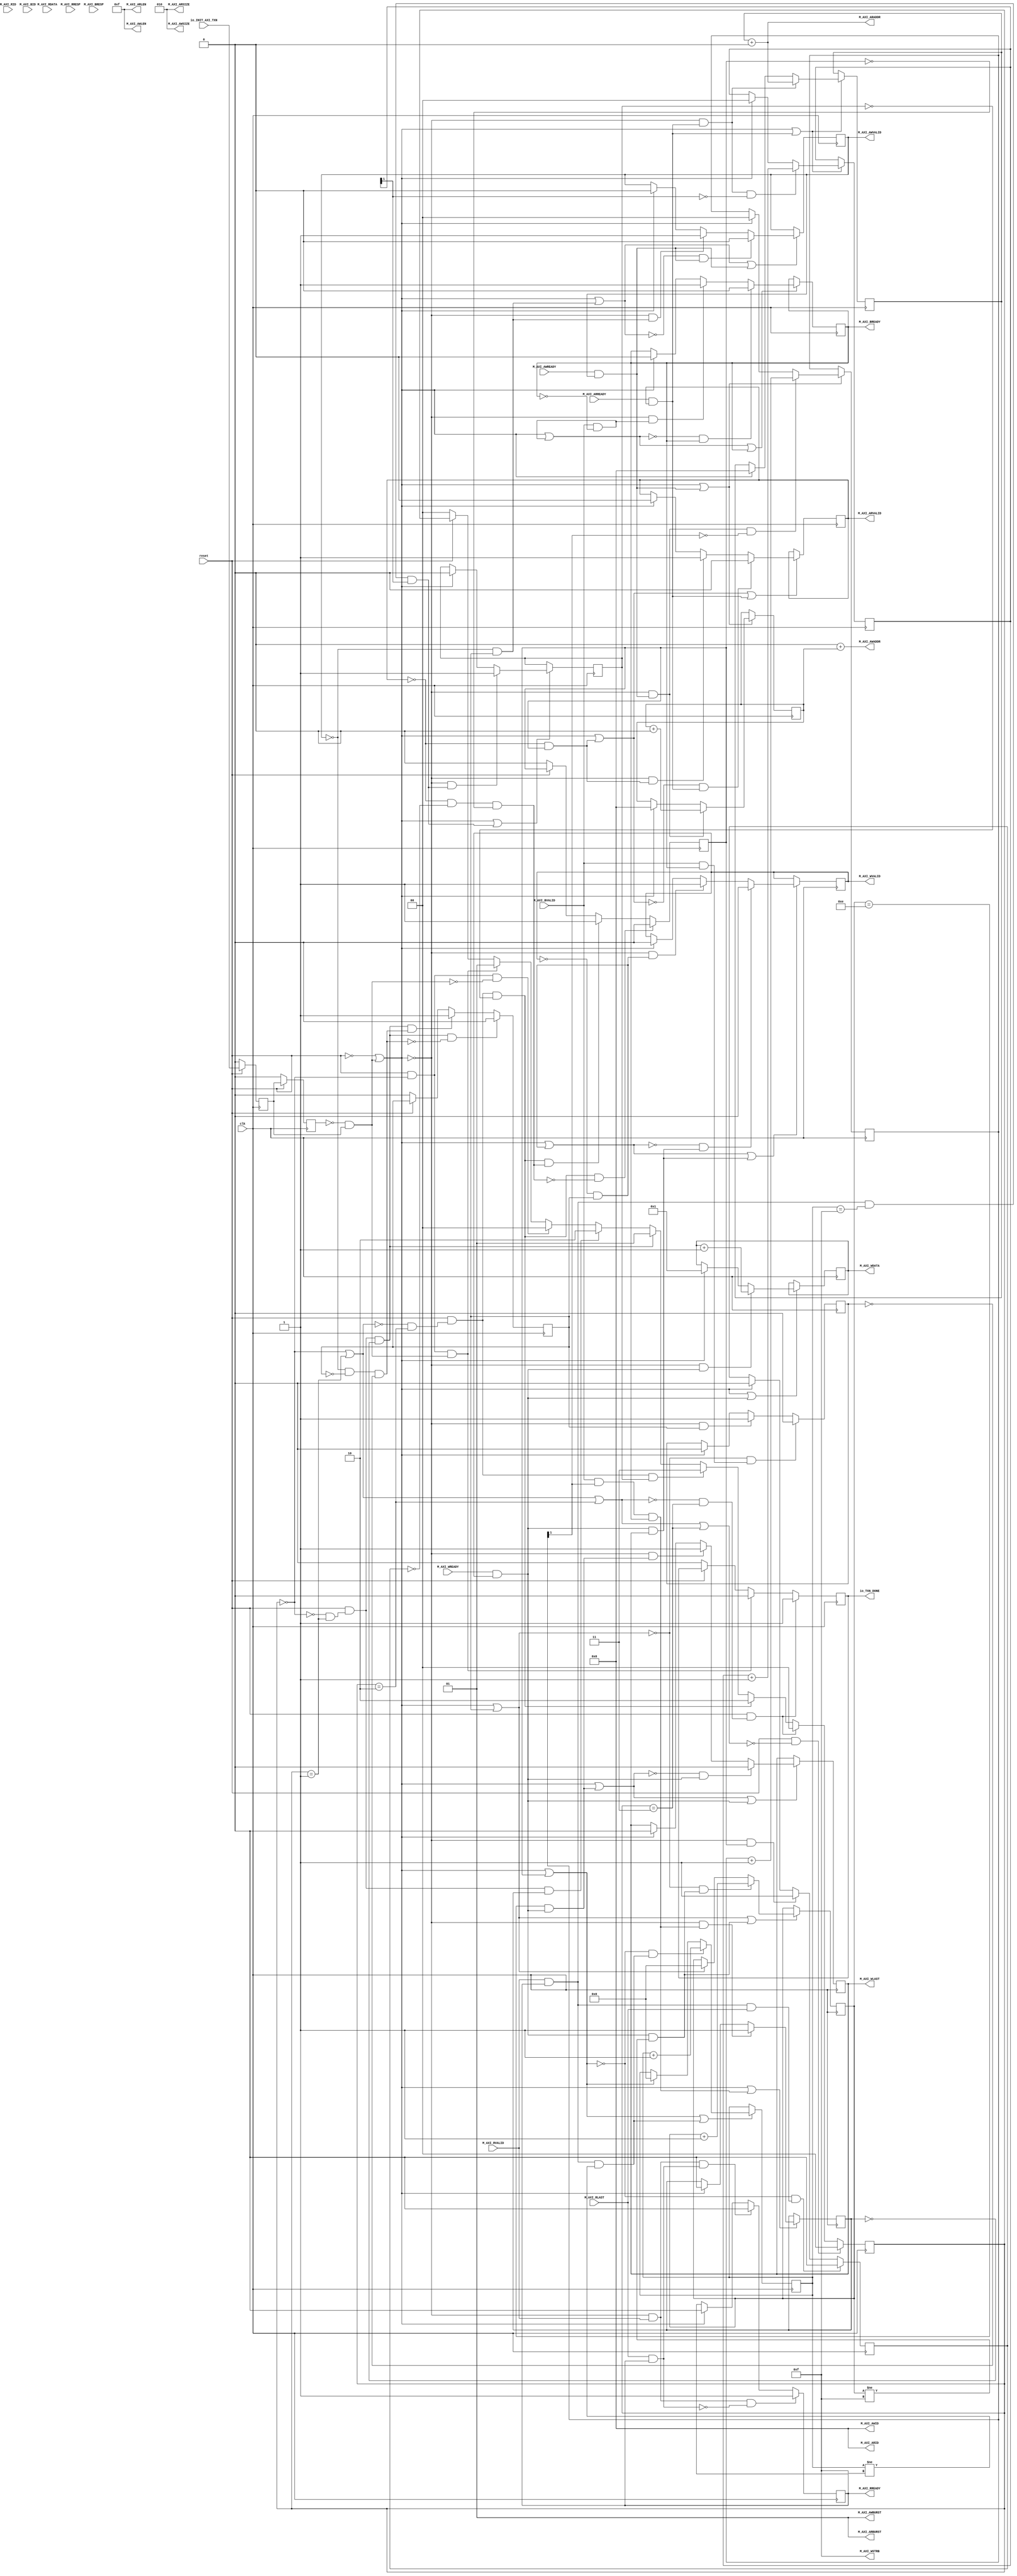
module testMaster(input clk, input reset,
    output M_AXI_RREADY,
    input  M_AXI_RVALID,
    input [5:0] M_AXI_RID,
    input [31:0] M_AXI_RDATA,
    input [1:0] M_AXI_RRESP,
    input  M_AXI_RLAST,
    input  M_AXI_ARREADY,
    output M_AXI_ARVALID,
    output[5:0] M_AXI_ARID,
    output[5:0] M_AXI_ARADDR,
    output[7:0] M_AXI_ARLEN,
    output[2:0] M_AXI_ARSIZE,
    output[1:0] M_AXI_ARBURST,
    input  M_AXI_WREADY,
    output M_AXI_WVALID,
    output[31:0] M_AXI_WDATA,
    output[3:0] M_AXI_WSTRB,
    output M_AXI_WLAST,
    input  M_AXI_AWREADY,
    output M_AXI_AWVALID,
    output[5:0] M_AXI_AWID,
    output[5:0] M_AXI_AWADDR,
    output[7:0] M_AXI_AWLEN,
    output[2:0] M_AXI_AWSIZE,
    output[1:0] M_AXI_AWBURST,
    output M_AXI_BREADY,
    input  M_AXI_BVALID,
    input [5:0] M_AXI_BID,
    input [1:0] M_AXI_BRESP,
    input  io_INIT_AXI_TXN,
    output io_TXN_DONE
);

  reg  compare_done;
  wire T0;
  wire T1;
  wire T2;
  wire T3;
  wire T4;
  wire T5;
  wire init_txn_pulse;
  wire T6;
  reg  init_txn_ff;
  wire T7;
  wire T8;
  wire T9;
  wire T10;
  wire T11;
  reg  init_txn_ff2;
  wire T12;
  wire T13;
  wire T14;
  wire T15;
  reg [1:0] mst_exec_state;
  wire[1:0] T16;
  wire[1:0] T17;
  wire[1:0] T18;
  wire[1:0] T19;
  wire[1:0] T20;
  wire[1:0] T21;
  wire[1:0] T22;
  wire[1:0] T23;
  wire[1:0] T24;
  wire T25;
  wire T26;
  wire T27;
  reg  writes_done;
  wire T28;
  wire T29;
  wire T30;
  wire T31;
  wire T32;
  wire T33;
  wire T34;
  reg  axi_bready;
  wire T35;
  wire T36;
  wire T37;
  wire T38;
  wire T39;
  wire T40;
  wire T41;
  wire T42;
  wire T43;
  wire T44;
  wire T45;
  wire T46;
  wire T47;
  wire T48;
  wire T49;
  wire T50;
  wire T51;
  wire T52;
  reg [1:0] write_burst_counter;
  wire[1:0] T53;
  wire[1:0] T54;
  wire[1:0] T55;
  wire T56;
  wire T57;
  wire T58;
  wire[1:0] T59;
  wire T60;
  wire T61;
  wire T62;
  wire T63;
  wire T64;
  reg  axi_awvalid;
  wire T65;
  wire T66;
  wire T67;
  wire T68;
  wire T69;
  wire T70;
  wire T71;
  wire T72;
  wire T73;
  reg  start_single_burst_write;
  wire T74;
  wire T75;
  wire T76;
  wire T77;
  wire T78;
  wire T79;
  reg  burst_write_active;
  wire T80;
  wire T81;
  wire T82;
  wire T83;
  wire T84;
  wire T85;
  wire T86;
  wire T87;
  wire T88;
  wire T89;
  wire T90;
  wire T91;
  wire T92;
  wire T93;
  wire T94;
  wire T95;
  wire T96;
  wire T97;
  wire T98;
  wire T99;
  wire T100;
  wire T101;
  wire T102;
  wire T103;
  wire T104;
  wire T105;
  wire T106;
  wire T107;
  wire T108;
  wire T109;
  wire T110;
  wire T111;
  wire T112;
  wire T113;
  wire T114;
  wire T115;
  wire T116;
  wire T117;
  reg  reads_done;
  wire T118;
  wire T119;
  wire T120;
  wire T121;
  wire T122;
  wire T123;
  wire T124;
  wire T125;
  wire T126;
  reg [1:0] read_burst_counter;
  wire[1:0] T127;
  wire[1:0] T128;
  wire[1:0] T129;
  wire T130;
  wire T131;
  wire T132;
  wire[1:0] T133;
  wire T134;
  wire T135;
  wire T136;
  wire T137;
  wire T138;
  reg  axi_arvalid;
  wire T139;
  wire T140;
  wire T141;
  wire T142;
  wire T143;
  wire T144;
  wire T145;
  wire T146;
  wire T147;
  reg  start_single_burst_read;
  wire T148;
  wire T149;
  wire T150;
  wire T151;
  wire T152;
  wire T153;
  wire T154;
  wire T155;
  reg  burst_read_active;
  wire T156;
  wire T157;
  wire T158;
  wire T159;
  wire T160;
  wire T161;
  wire T162;
  wire T163;
  wire T164;
  wire T165;
  wire T166;
  reg  axi_rready;
  wire T167;
  wire T168;
  wire T169;
  wire T170;
  wire T171;
  wire T172;
  wire T173;
  wire T174;
  wire T175;
  wire T176;
  wire T177;
  wire T178;
  wire T179;
  wire T180;
  wire T181;
  wire T182;
  wire T183;
  wire T184;
  wire T185;
  wire T186;
  wire T187;
  wire T188;
  wire T189;
  wire T190;
  wire T191;
  wire T192;
  wire T193;
  wire T194;
  wire T195;
  wire T196;
  reg [4:0] read_index;
  wire[4:0] T197;
  wire[4:0] T198;
  wire[4:0] T199;
  wire T200;
  wire T201;
  wire T202;
  wire T203;
  wire[4:0] T204;
  wire T205;
  wire T206;
  wire T207;
  wire rnext;
  wire T208;
  wire T209;
  wire T210;
  wire T211;
  wire T212;
  wire T213;
  wire T214;
  wire T215;
  wire T216;
  wire T217;
  wire T218;
  wire T219;
  wire T220;
  wire T221;
  wire T222;
  wire T223;
  wire T224;
  wire T225;
  wire T226;
  wire T227;
  wire T228;
  wire T229;
  wire T230;
  wire T231;
  wire[5:0] T318;
  wire[30:0] T232;
  wire[30:0] T319;
  reg [5:0] axi_awaddr;
  wire[5:0] T320;
  wire[6:0] T233;
  wire[6:0] T234;
  wire[6:0] T321;
  wire[5:0] T235;
  wire T236;
  wire T237;
  wire T238;
  wire[6:0] T239;
  wire[6:0] burst_size_bytes;
  wire[6:0] T322;
  wire T240;
  wire T241;
  wire T242;
  wire[6:0] T323;
  wire T243;
  wire T244;
  reg  axi_wlast;
  wire T245;
  wire T246;
  wire T247;
  wire T248;
  wire T249;
  wire T250;
  wire T251;
  wire T252;
  wire T253;
  wire wnext;
  wire T254;
  reg  axi_wvalid;
  wire T255;
  wire T256;
  wire T257;
  wire T258;
  wire T259;
  wire T260;
  wire T261;
  wire T262;
  wire T263;
  wire T264;
  wire T265;
  wire T266;
  wire T267;
  wire T268;
  wire T269;
  wire T270;
  wire T271;
  wire T272;
  reg [4:0] write_index;
  wire[4:0] T273;
  wire[4:0] T274;
  wire[4:0] T275;
  wire T276;
  wire T277;
  wire T278;
  wire T279;
  wire T280;
  wire[4:0] T281;
  wire T282;
  wire T283;
  wire T284;
  wire T285;
  wire T286;
  wire T287;
  wire T288;
  wire T289;
  wire T290;
  wire T291;
  wire T292;
  wire T293;
  reg [31:0] axi_wdata;
  wire[31:0] T294;
  wire[31:0] T295;
  wire[31:0] T296;
  wire T297;
  wire T298;
  wire T299;
  wire[31:0] T300;
  wire T301;
  wire T302;
  wire T303;
  wire T304;
  wire[5:0] T324;
  wire[30:0] T305;
  wire[30:0] T325;
  reg [5:0] axi_araddr;
  wire[5:0] T326;
  wire[6:0] T306;
  wire[6:0] T307;
  wire[6:0] T327;
  wire[5:0] T308;
  wire T309;
  wire T310;
  wire T311;
  wire[6:0] T312;
  wire[6:0] T328;
  wire T313;
  wire T314;
  wire T315;
  wire[6:0] T329;
  wire T316;
  wire T317;

`ifndef SYNTHESIS
// synthesis translate_off
  integer initvar;
  initial begin
    #0.002;
    compare_done = {1{$random}};
    init_txn_ff = {1{$random}};
    init_txn_ff2 = {1{$random}};
    mst_exec_state = {1{$random}};
    writes_done = {1{$random}};
    axi_bready = {1{$random}};
    write_burst_counter = {1{$random}};
    axi_awvalid = {1{$random}};
    start_single_burst_write = {1{$random}};
    burst_write_active = {1{$random}};
    reads_done = {1{$random}};
    read_burst_counter = {1{$random}};
    axi_arvalid = {1{$random}};
    start_single_burst_read = {1{$random}};
    burst_read_active = {1{$random}};
    axi_rready = {1{$random}};
    read_index = {1{$random}};
    axi_awaddr = {1{$random}};
    axi_wlast = {1{$random}};
    axi_wvalid = {1{$random}};
    write_index = {1{$random}};
    axi_wdata = {1{$random}};
    axi_araddr = {1{$random}};
  end
// synthesis translate_on
`endif

  assign io_TXN_DONE = compare_done;
  assign T0 = T229 ? 1'h1 : T1;
  assign T1 = T4 ? 1'h0 : T2;
  assign T2 = T3 ? 1'h0 : compare_done;
  assign T3 = reset ^ 1'h1;
  assign T4 = T14 & T5;
  assign T5 = init_txn_pulse == 1'h1;
  assign init_txn_pulse = T6;
  assign T6 = T11 & init_txn_ff;
  assign T7 = T10 ? io_INIT_AXI_TXN : T8;
  assign T8 = T9 ? 1'h0 : init_txn_ff;
  assign T9 = reset ^ 1'h1;
  assign T10 = T9 ^ 1'h1;
  assign T11 = init_txn_ff2 ^ 1'h1;
  assign T12 = T10 ? init_txn_ff : T13;
  assign T13 = T9 ? 1'h0 : init_txn_ff2;
  assign T14 = T228 & T15;
  assign T15 = mst_exec_state == 2'h0;
  assign T16 = T223 ? 2'h0 : T17;
  assign T17 = T229 ? 2'h0 : T18;
  assign T18 = T221 ? 2'h2 : T19;
  assign T19 = T117 ? 2'h3 : T20;
  assign T20 = T115 ? 2'h1 : T21;
  assign T21 = T27 ? 2'h2 : T22;
  assign T22 = T25 ? 2'h0 : T23;
  assign T23 = T4 ? 2'h1 : T24;
  assign T24 = T3 ? 2'h0 : mst_exec_state;
  assign T25 = T14 & T26;
  assign T26 = T5 ^ 1'h1;
  assign T27 = T111 & writes_done;
  assign T28 = T109 ? writes_done : T29;
  assign T29 = T33 ? 1'h1 : T30;
  assign T30 = T31 ? 1'h0 : writes_done;
  assign T31 = T32 | init_txn_pulse;
  assign T32 = reset ^ 1'h1;
  assign T33 = T108 & T34;
  assign T34 = T51 & axi_bready;
  assign T35 = T49 ? axi_bready : T36;
  assign T36 = T46 ? 1'h0 : T37;
  assign T37 = T42 ? 1'h1 : T38;
  assign T38 = T39 ? 1'h0 : axi_bready;
  assign T39 = T41 | T40;
  assign T40 = init_txn_pulse == 1'h1;
  assign T41 = reset ^ 1'h1;
  assign T42 = T45 & T43;
  assign T43 = M_AXI_BVALID & T44;
  assign T44 = axi_bready ^ 1'h1;
  assign T45 = T39 ^ 1'h1;
  assign T46 = T47 & axi_bready;
  assign T47 = T48 ^ 1'h1;
  assign T48 = T39 | T43;
  assign T49 = T50 ^ 1'h1;
  assign T50 = T48 | axi_bready;
  assign T51 = M_AXI_BVALID & T52;
  assign T52 = write_burst_counter[1];
  assign T53 = T106 ? write_burst_counter : T54;
  assign T54 = T60 ? T59 : T55;
  assign T55 = T56 ? 2'h0 : write_burst_counter;
  assign T56 = T58 | T57;
  assign T57 = init_txn_pulse == 1'h1;
  assign T58 = reset ^ 1'h1;
  assign T59 = write_burst_counter + 2'h1;
  assign T60 = T63 & T61;
  assign T61 = T62 == 1'h0;
  assign T62 = write_burst_counter[1];
  assign T63 = T105 & T64;
  assign T64 = M_AXI_AWREADY & axi_awvalid;
  assign T65 = T103 ? axi_awvalid : T66;
  assign T66 = T99 ? 1'h0 : T67;
  assign T67 = T72 ? 1'h1 : T68;
  assign T68 = T69 ? 1'h0 : axi_awvalid;
  assign T69 = T71 | T70;
  assign T70 = init_txn_pulse == 1'h1;
  assign T71 = reset ^ 1'h1;
  assign T72 = T98 & T73;
  assign T73 = T97 & start_single_burst_write;
  assign T74 = T95 ? 1'h0 : T75;
  assign T75 = T77 ? 1'h1 : T76;
  assign T76 = T3 ? 1'h0 : start_single_burst_write;
  assign T77 = T115 & T78;
  assign T78 = T92 & T79;
  assign T79 = burst_write_active ^ 1'h1;
  assign T80 = T88 ? 1'h0 : T81;
  assign T81 = T86 ? 1'h1 : T82;
  assign T82 = T83 ? 1'h0 : burst_write_active;
  assign T83 = T85 | T84;
  assign T84 = init_txn_pulse == 1'h1;
  assign T85 = reset ^ 1'h1;
  assign T86 = T87 & start_single_burst_write;
  assign T87 = T83 ^ 1'h1;
  assign T88 = T90 & T89;
  assign T89 = M_AXI_BVALID & axi_bready;
  assign T90 = T91 ^ 1'h1;
  assign T91 = T83 | start_single_burst_write;
  assign T92 = T94 & T93;
  assign T93 = start_single_burst_write ^ 1'h1;
  assign T94 = axi_awvalid ^ 1'h1;
  assign T95 = T115 & T96;
  assign T96 = T78 ^ 1'h1;
  assign T97 = axi_awvalid ^ 1'h1;
  assign T98 = T69 ^ 1'h1;
  assign T99 = T101 & T100;
  assign T100 = M_AXI_AWREADY & axi_awvalid;
  assign T101 = T102 ^ 1'h1;
  assign T102 = T69 | T73;
  assign T103 = T104 ^ 1'h1;
  assign T104 = T102 | T100;
  assign T105 = T56 ^ 1'h1;
  assign T106 = T107 ^ 1'h1;
  assign T107 = T56 | T64;
  assign T108 = T31 ^ 1'h1;
  assign T109 = T110 ^ 1'h1;
  assign T110 = T31 | T34;
  assign T111 = T228 & T112;
  assign T112 = T114 & T113;
  assign T113 = mst_exec_state == 2'h1;
  assign T114 = T15 ^ 1'h1;
  assign T115 = T111 & T116;
  assign T116 = writes_done ^ 1'h1;
  assign T117 = T216 & reads_done;
  assign T118 = T214 ? reads_done : T119;
  assign T119 = T124 ? 1'h1 : T120;
  assign T120 = T121 ? 1'h0 : reads_done;
  assign T121 = T123 | T122;
  assign T122 = init_txn_pulse == 1'h1;
  assign T123 = reset ^ 1'h1;
  assign T124 = T213 & T125;
  assign T125 = T195 & T126;
  assign T126 = read_burst_counter[1];
  assign T127 = T193 ? read_burst_counter : T128;
  assign T128 = T134 ? T133 : T129;
  assign T129 = T130 ? 2'h0 : read_burst_counter;
  assign T130 = T132 | T131;
  assign T131 = init_txn_pulse == 1'h1;
  assign T132 = reset ^ 1'h1;
  assign T133 = read_burst_counter + 2'h1;
  assign T134 = T137 & T135;
  assign T135 = T136 == 1'h0;
  assign T136 = read_burst_counter[1];
  assign T137 = T192 & T138;
  assign T138 = M_AXI_ARREADY & axi_arvalid;
  assign T139 = T190 ? axi_arvalid : T140;
  assign T140 = T186 ? 1'h0 : T141;
  assign T141 = T146 ? 1'h1 : T142;
  assign T142 = T143 ? 1'h0 : axi_arvalid;
  assign T143 = T145 | T144;
  assign T144 = init_txn_pulse == 1'h1;
  assign T145 = reset ^ 1'h1;
  assign T146 = T185 & T147;
  assign T147 = T184 & start_single_burst_read;
  assign T148 = T182 ? 1'h0 : T149;
  assign T149 = T151 ? 1'h1 : T150;
  assign T150 = T3 ? 1'h0 : start_single_burst_read;
  assign T151 = T221 & T152;
  assign T152 = T154 & T153;
  assign T153 = start_single_burst_read ^ 1'h1;
  assign T154 = T181 & T155;
  assign T155 = burst_read_active ^ 1'h1;
  assign T156 = T164 ? 1'h0 : T157;
  assign T157 = T162 ? 1'h1 : T158;
  assign T158 = T159 ? 1'h0 : burst_read_active;
  assign T159 = T161 | T160;
  assign T160 = init_txn_pulse == 1'h1;
  assign T161 = reset ^ 1'h1;
  assign T162 = T163 & start_single_burst_read;
  assign T163 = T159 ^ 1'h1;
  assign T164 = T179 & T165;
  assign T165 = T166 & M_AXI_RLAST;
  assign T166 = M_AXI_RVALID & axi_rready;
  assign T167 = T177 ? 1'h1 : T168;
  assign T168 = T173 ? 1'h0 : T169;
  assign T169 = T170 ? 1'h0 : axi_rready;
  assign T170 = T172 | T171;
  assign T171 = init_txn_pulse == 1'h1;
  assign T172 = reset ^ 1'h1;
  assign T173 = T175 & T174;
  assign T174 = M_AXI_RLAST & axi_rready;
  assign T175 = T176 & M_AXI_RVALID;
  assign T176 = T170 ^ 1'h1;
  assign T177 = T175 & T178;
  assign T178 = T174 ^ 1'h1;
  assign T179 = T180 ^ 1'h1;
  assign T180 = T159 | start_single_burst_read;
  assign T181 = axi_arvalid ^ 1'h1;
  assign T182 = T221 & T183;
  assign T183 = T152 ^ 1'h1;
  assign T184 = axi_arvalid ^ 1'h1;
  assign T185 = T143 ^ 1'h1;
  assign T186 = T188 & T187;
  assign T187 = M_AXI_ARREADY & axi_arvalid;
  assign T188 = T189 ^ 1'h1;
  assign T189 = T143 | T147;
  assign T190 = T191 ^ 1'h1;
  assign T191 = T189 | T187;
  assign T192 = T130 ^ 1'h1;
  assign T193 = T194 ^ 1'h1;
  assign T194 = T130 | T138;
  assign T195 = T212 & T196;
  assign T196 = read_index == 5'hf;
  assign T197 = T210 ? read_index : T198;
  assign T198 = T205 ? T204 : T199;
  assign T199 = T200 ? 5'h0 : read_index;
  assign T200 = T201 | start_single_burst_read;
  assign T201 = T203 | T202;
  assign T202 = init_txn_pulse == 1'h1;
  assign T203 = reset ^ 1'h1;
  assign T204 = read_index + 5'h1;
  assign T205 = T209 & T206;
  assign T206 = rnext & T207;
  assign T207 = read_index != 5'hf;
  assign rnext = T208;
  assign T208 = M_AXI_RVALID & axi_rready;
  assign T209 = T200 ^ 1'h1;
  assign T210 = T211 ^ 1'h1;
  assign T211 = T200 | T206;
  assign T212 = M_AXI_RVALID & axi_rready;
  assign T213 = T121 ^ 1'h1;
  assign T214 = T215 ^ 1'h1;
  assign T215 = T121 | T125;
  assign T216 = T228 & T217;
  assign T217 = T219 & T218;
  assign T218 = mst_exec_state == 2'h2;
  assign T219 = T220 ^ 1'h1;
  assign T220 = T15 | T113;
  assign T221 = T216 & T222;
  assign T222 = reads_done ^ 1'h1;
  assign T223 = T228 & T224;
  assign T224 = T225 ^ 1'h1;
  assign T225 = T227 | T226;
  assign T226 = mst_exec_state == 2'h3;
  assign T227 = T220 | T218;
  assign T228 = T3 ^ 1'h1;
  assign T229 = T228 & T230;
  assign T230 = T231 & T226;
  assign T231 = T227 ^ 1'h1;
  assign M_AXI_BREADY = axi_bready;
  assign M_AXI_AWBURST = 2'h1;
  assign M_AXI_AWSIZE = 3'h2;
  assign M_AXI_AWLEN = 8'hf;
  assign M_AXI_AWADDR = T318;
  assign T318 = T232[5:0];
  assign T232 = 31'h40000000 + T319;
  assign T319 = {25'h0, axi_awaddr};
  assign T320 = T233[5:0];
  assign T233 = T243 ? T323 : T234;
  assign T234 = T240 ? T239 : T321;
  assign T321 = {1'h0, T235};
  assign T235 = T236 ? 6'h0 : axi_awaddr;
  assign T236 = T238 | T237;
  assign T237 = init_txn_pulse == 1'h1;
  assign T238 = reset ^ 1'h1;
  assign T239 = T322 + burst_size_bytes;
  assign burst_size_bytes = 7'h40;
  assign T322 = {1'h0, axi_awaddr};
  assign T240 = T242 & T241;
  assign T241 = M_AXI_AWREADY & axi_awvalid;
  assign T242 = T236 ^ 1'h1;
  assign T323 = {1'h0, axi_awaddr};
  assign T243 = T244 ^ 1'h1;
  assign T244 = T236 | T241;
  assign M_AXI_AWID = 6'h0;
  assign M_AXI_AWVALID = axi_awvalid;
  assign M_AXI_WLAST = axi_wlast;
  assign T245 = T292 ? axi_wlast : T246;
  assign T246 = T289 ? 1'h0 : T247;
  assign T247 = T252 ? 1'h1 : T248;
  assign T248 = T249 ? 1'h0 : axi_wlast;
  assign T249 = T251 | T250;
  assign T250 = init_txn_pulse == 1'h1;
  assign T251 = reset ^ 1'h1;
  assign T252 = T288 & T253;
  assign T253 = T272 & wnext;
  assign wnext = T254;
  assign T254 = M_AXI_WREADY & axi_wvalid;
  assign T255 = T270 ? axi_wvalid : T256;
  assign T256 = T266 ? 1'h0 : T257;
  assign T257 = T262 ? 1'h1 : T258;
  assign T258 = T259 ? 1'h0 : axi_wvalid;
  assign T259 = T261 | T260;
  assign T260 = init_txn_pulse == 1'h1;
  assign T261 = reset ^ 1'h1;
  assign T262 = T265 & T263;
  assign T263 = T264 & start_single_burst_write;
  assign T264 = axi_wvalid ^ 1'h1;
  assign T265 = T259 ^ 1'h1;
  assign T266 = T268 & T267;
  assign T267 = wnext & axi_wlast;
  assign T268 = T269 ^ 1'h1;
  assign T269 = T259 | T263;
  assign T270 = T271 ^ 1'h1;
  assign T271 = T269 | T267;
  assign T272 = write_index == 5'he;
  assign T273 = T286 ? write_index : T274;
  assign T274 = T282 ? T281 : T275;
  assign T275 = T276 ? 5'h0 : write_index;
  assign T276 = T278 | T277;
  assign T277 = start_single_burst_write == 1'h1;
  assign T278 = T280 | T279;
  assign T279 = init_txn_pulse == 1'h1;
  assign T280 = reset ^ 1'h1;
  assign T281 = write_index + 5'h1;
  assign T282 = T285 & T283;
  assign T283 = wnext & T284;
  assign T284 = write_index != 5'hf;
  assign T285 = T276 ^ 1'h1;
  assign T286 = T287 ^ 1'h1;
  assign T287 = T276 | T283;
  assign T288 = T249 ^ 1'h1;
  assign T289 = T290 & wnext;
  assign T290 = T291 ^ 1'h1;
  assign T291 = T249 | T253;
  assign T292 = T293 ^ 1'h1;
  assign T293 = T291 | wnext;
  assign M_AXI_WSTRB = 4'hf;
  assign M_AXI_WDATA = axi_wdata;
  assign T294 = T303 ? axi_wdata : T295;
  assign T295 = T301 ? T300 : T296;
  assign T296 = T297 ? 32'h1 : axi_wdata;
  assign T297 = T299 | T298;
  assign T298 = init_txn_pulse == 1'h1;
  assign T299 = reset ^ 1'h1;
  assign T300 = axi_wdata + 32'h1;
  assign T301 = T302 & wnext;
  assign T302 = T297 ^ 1'h1;
  assign T303 = T304 ^ 1'h1;
  assign T304 = T297 | wnext;
  assign M_AXI_WVALID = axi_wvalid;
  assign M_AXI_ARBURST = 2'h1;
  assign M_AXI_ARSIZE = 3'h2;
  assign M_AXI_ARLEN = 8'hf;
  assign M_AXI_ARADDR = T324;
  assign T324 = T305[5:0];
  assign T305 = T325 + 31'h40000000;
  assign T325 = {25'h0, axi_araddr};
  assign T326 = T306[5:0];
  assign T306 = T316 ? T329 : T307;
  assign T307 = T313 ? T312 : T327;
  assign T327 = {1'h0, T308};
  assign T308 = T309 ? 6'h0 : axi_araddr;
  assign T309 = T311 | T310;
  assign T310 = init_txn_pulse == 1'h1;
  assign T311 = reset ^ 1'h1;
  assign T312 = T328 + burst_size_bytes;
  assign T328 = {1'h0, axi_araddr};
  assign T313 = T315 & T314;
  assign T314 = M_AXI_ARREADY & axi_arvalid;
  assign T315 = T309 ^ 1'h1;
  assign T329 = {1'h0, axi_araddr};
  assign T316 = T317 ^ 1'h1;
  assign T317 = T309 | T314;
  assign M_AXI_ARID = 6'h0;
  assign M_AXI_ARVALID = axi_arvalid;
  assign M_AXI_RREADY = axi_rready;

  always @(posedge clk) begin
    if(T229) begin
      compare_done <= 1'h1;
    end else if(T4) begin
      compare_done <= 1'h0;
    end else if(T3) begin
      compare_done <= 1'h0;
    end
    if(T10) begin
      init_txn_ff <= io_INIT_AXI_TXN;
    end else if(T9) begin
      init_txn_ff <= 1'h0;
    end
    if(T10) begin
      init_txn_ff2 <= init_txn_ff;
    end else if(T9) begin
      init_txn_ff2 <= 1'h0;
    end
    if(T223) begin
      mst_exec_state <= 2'h0;
    end else if(T229) begin
      mst_exec_state <= 2'h0;
    end else if(T221) begin
      mst_exec_state <= 2'h2;
    end else if(T117) begin
      mst_exec_state <= 2'h3;
    end else if(T115) begin
      mst_exec_state <= 2'h1;
    end else if(T27) begin
      mst_exec_state <= 2'h2;
    end else if(T25) begin
      mst_exec_state <= 2'h0;
    end else if(T4) begin
      mst_exec_state <= 2'h1;
    end else if(T3) begin
      mst_exec_state <= 2'h0;
    end
    if(T109) begin
      writes_done <= writes_done;
    end else if(T33) begin
      writes_done <= 1'h1;
    end else if(T31) begin
      writes_done <= 1'h0;
    end
    if(T49) begin
      axi_bready <= axi_bready;
    end else if(T46) begin
      axi_bready <= 1'h0;
    end else if(T42) begin
      axi_bready <= 1'h1;
    end else if(T39) begin
      axi_bready <= 1'h0;
    end
    if(T106) begin
      write_burst_counter <= write_burst_counter;
    end else if(T60) begin
      write_burst_counter <= T59;
    end else if(T56) begin
      write_burst_counter <= 2'h0;
    end
    if(T103) begin
      axi_awvalid <= axi_awvalid;
    end else if(T99) begin
      axi_awvalid <= 1'h0;
    end else if(T72) begin
      axi_awvalid <= 1'h1;
    end else if(T69) begin
      axi_awvalid <= 1'h0;
    end
    if(T95) begin
      start_single_burst_write <= 1'h0;
    end else if(T77) begin
      start_single_burst_write <= 1'h1;
    end else if(T3) begin
      start_single_burst_write <= 1'h0;
    end
    if(T88) begin
      burst_write_active <= 1'h0;
    end else if(T86) begin
      burst_write_active <= 1'h1;
    end else if(T83) begin
      burst_write_active <= 1'h0;
    end
    if(T214) begin
      reads_done <= reads_done;
    end else if(T124) begin
      reads_done <= 1'h1;
    end else if(T121) begin
      reads_done <= 1'h0;
    end
    if(T193) begin
      read_burst_counter <= read_burst_counter;
    end else if(T134) begin
      read_burst_counter <= T133;
    end else if(T130) begin
      read_burst_counter <= 2'h0;
    end
    if(T190) begin
      axi_arvalid <= axi_arvalid;
    end else if(T186) begin
      axi_arvalid <= 1'h0;
    end else if(T146) begin
      axi_arvalid <= 1'h1;
    end else if(T143) begin
      axi_arvalid <= 1'h0;
    end
    if(T182) begin
      start_single_burst_read <= 1'h0;
    end else if(T151) begin
      start_single_burst_read <= 1'h1;
    end else if(T3) begin
      start_single_burst_read <= 1'h0;
    end
    if(T164) begin
      burst_read_active <= 1'h0;
    end else if(T162) begin
      burst_read_active <= 1'h1;
    end else if(T159) begin
      burst_read_active <= 1'h0;
    end
    if(T177) begin
      axi_rready <= 1'h1;
    end else if(T173) begin
      axi_rready <= 1'h0;
    end else if(T170) begin
      axi_rready <= 1'h0;
    end
    if(T210) begin
      read_index <= read_index;
    end else if(T205) begin
      read_index <= T204;
    end else if(T200) begin
      read_index <= 5'h0;
    end
    axi_awaddr <= T320;
    if(T292) begin
      axi_wlast <= axi_wlast;
    end else if(T289) begin
      axi_wlast <= 1'h0;
    end else if(T252) begin
      axi_wlast <= 1'h1;
    end else if(T249) begin
      axi_wlast <= 1'h0;
    end
    if(T270) begin
      axi_wvalid <= axi_wvalid;
    end else if(T266) begin
      axi_wvalid <= 1'h0;
    end else if(T262) begin
      axi_wvalid <= 1'h1;
    end else if(T259) begin
      axi_wvalid <= 1'h0;
    end
    if(T286) begin
      write_index <= write_index;
    end else if(T282) begin
      write_index <= T281;
    end else if(T276) begin
      write_index <= 5'h0;
    end
    if(T303) begin
      axi_wdata <= axi_wdata;
    end else if(T301) begin
      axi_wdata <= T300;
    end else if(T297) begin
      axi_wdata <= 32'h1;
    end
    axi_araddr <= T326;
  end
endmodule